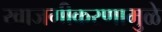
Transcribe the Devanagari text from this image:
खाजगीकरणामुळे